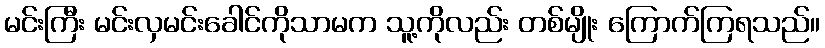
မင်းကြီး မင်းလှမင်းခေါင်ကိုသာမက သူ့ကိုလည်း တစ်မျိုး ကြောက်ကြရသည်။